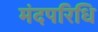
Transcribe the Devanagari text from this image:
मंदपरिधि